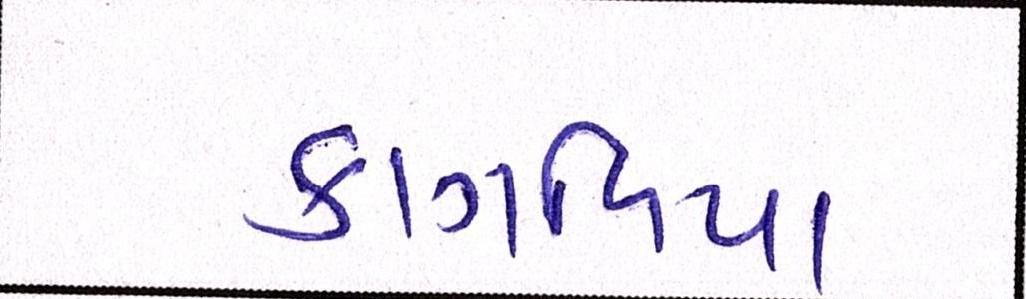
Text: કાગળિયાં